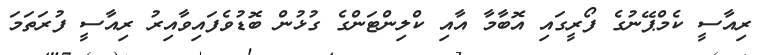
ރިއާސީ ކެމްޕޭނުގެ ފޯރީގައި އޮބާމާ އާއި ކްލިންޓަންގެ ގުޅުން ބޮޑުވެފައިވާއިރު ރިއާސީ ފުރަތަމަ